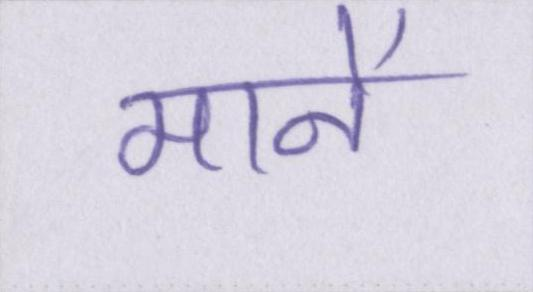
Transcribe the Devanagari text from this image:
मानें